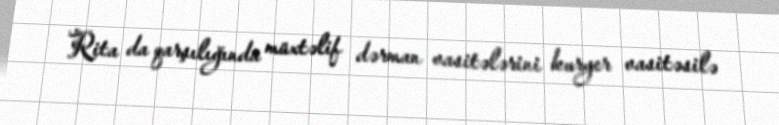
Rita da qarşılığında müxtəlif dərman vasitələrini kuryer vasitəsilə